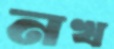
নখ